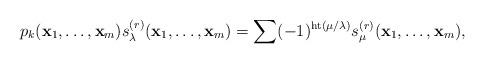
LaTeX: \begin{align*}p_k(\mathbf{x}_1, \ldots, \mathbf{x}_m) s_{\lambda}^{(r)}(\mathbf{x}_1, \ldots, \mathbf{x}_m) = \sum (-1)^{{\rm ht}(\mu / \lambda)} s_{\mu}^{(r)}(\mathbf{x}_1, \ldots, \mathbf{x}_m),\end{align*}